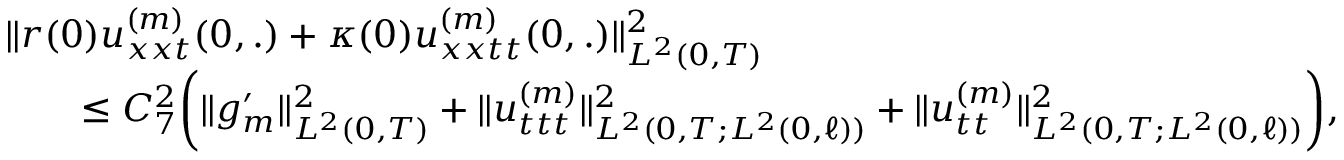
\begin{array} { r l r } { \lefteqn { \Vert r ( 0 ) u _ { x x t } ^ { ( m ) } ( 0 , . ) + \kappa ( 0 ) u _ { x x t t } ^ { ( m ) } ( 0 , . ) \Vert _ { L ^ { 2 } ( 0 , T ) } ^ { 2 } } } \\ & { } & { \leq C _ { 7 } ^ { 2 } \bigg ( \Vert g _ { m } ^ { \prime } \Vert _ { L ^ { 2 } ( 0 , T ) } ^ { 2 } + \Vert u _ { t t t } ^ { ( m ) } \Vert _ { L ^ { 2 } ( 0 , T ; L ^ { 2 } ( 0 , \ell ) ) } ^ { 2 } + \Vert u _ { t t } ^ { ( m ) } \Vert _ { L ^ { 2 } ( 0 , T ; L ^ { 2 } ( 0 , \ell ) ) } ^ { 2 } \bigg ) , } \end{array}